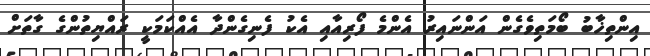
އިންތިޚާބު ބޯމަތިވެގެން އަންނައިރު އެންމެ ފޯރިއާއި އެކު ފެނިގެންދާ އެއްކަމަކީ ރައްޔިތުންގެ ގާތަށް